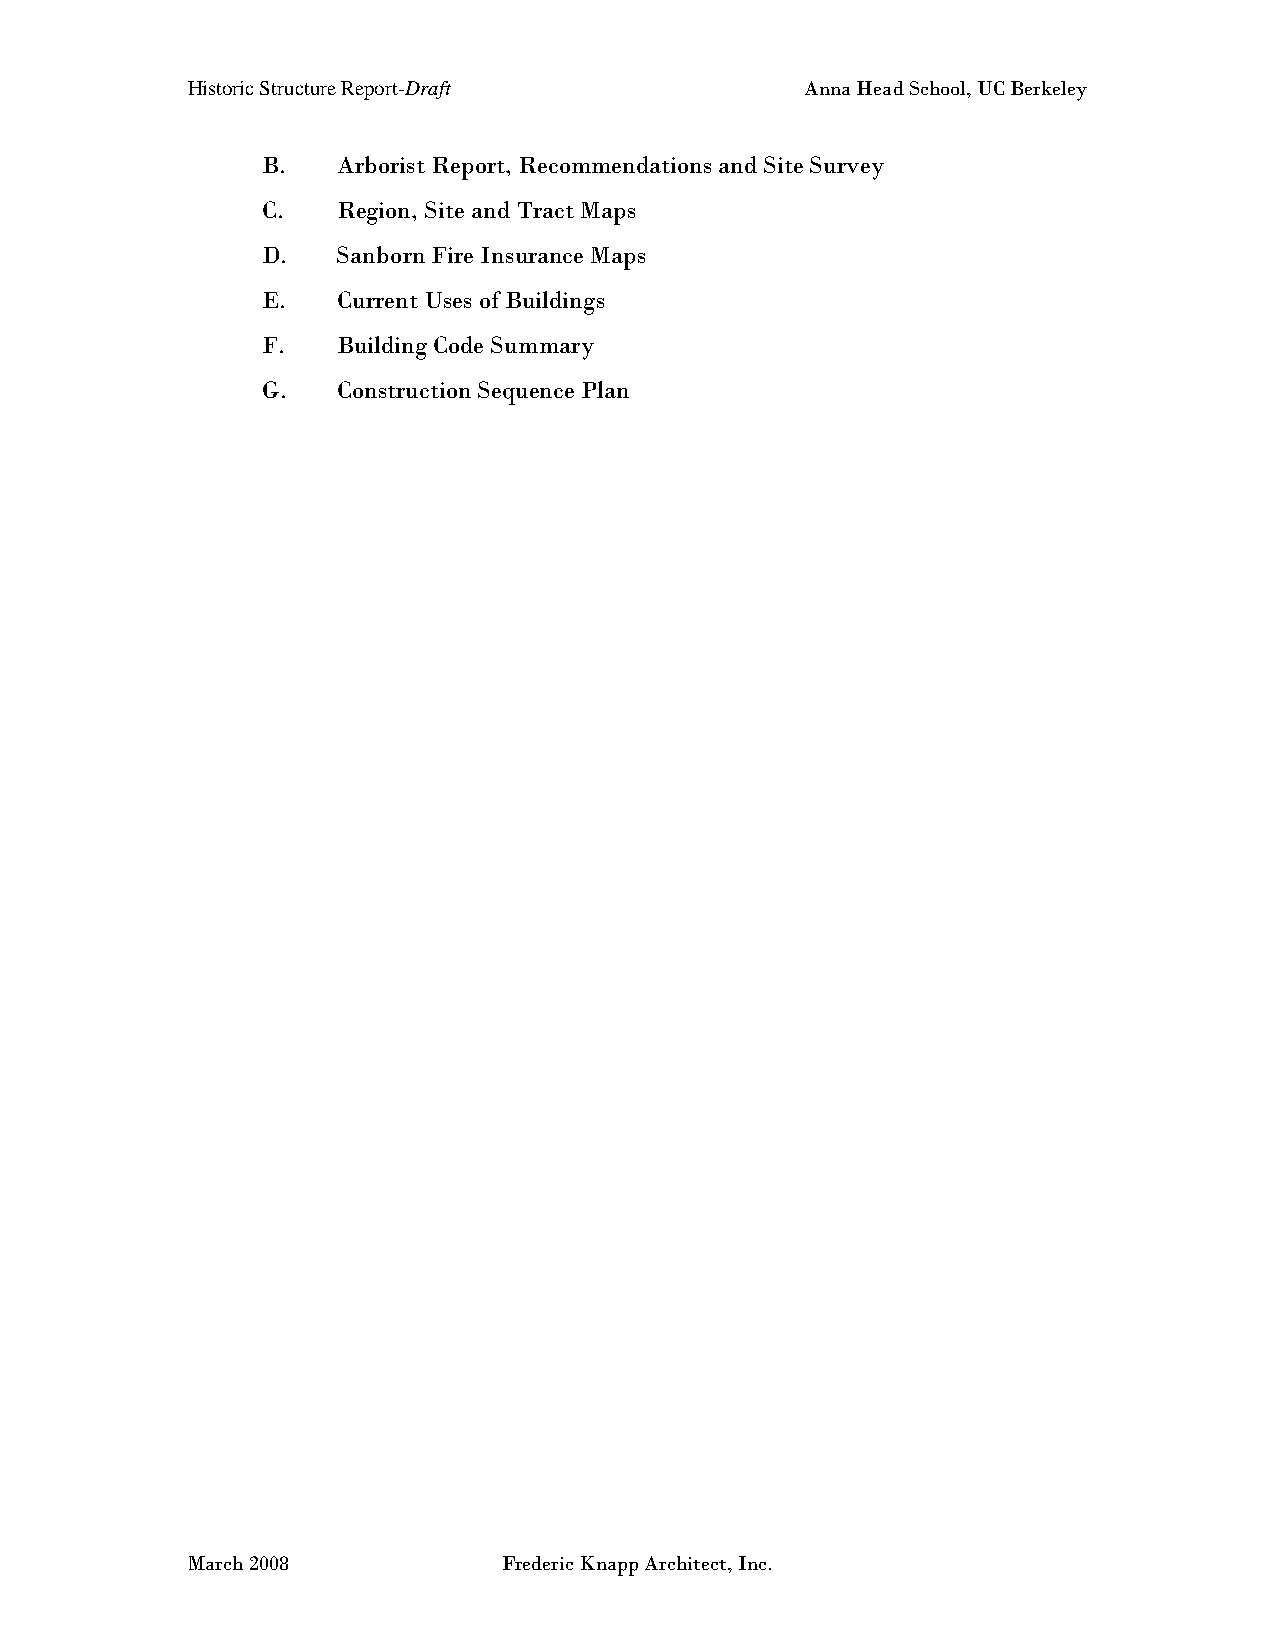
Historic Structure Report-Draft          Anna Head School, UC Berkeley
 B.   Arborist Report, Recommendations and Site Survey
 C.   Region, Site and Tract Maps
 D.   Sanborn Fire Insurance Maps
 E.   Current Uses of Buildings
 F.   Building Code Summary
 G.   Construction Sequence Plan
 March 2008           Frederic Knapp Architect, Inc.